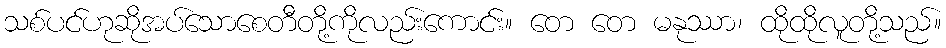
သစ်ပင်ဟုဆိုအပ်သောစေတီတို့ကိုလည်းကောင်း။ တေ တေ မနုဿာ၊ ထိုထိုလူတို့သည်။